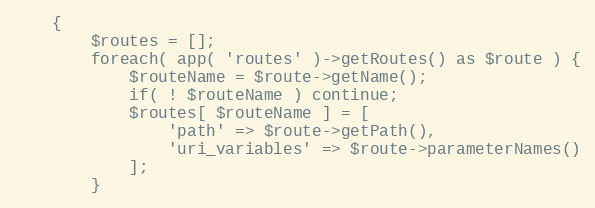
Language: PHP
    {
        $routes = [];
        foreach( app( 'routes' )->getRoutes() as $route ) {
            $routeName = $route->getName();
            if( ! $routeName ) continue;
            $routes[ $routeName ] = [
                'path' => $route->getPath(),
                'uri_variables' => $route->parameterNames()
            ];
        }